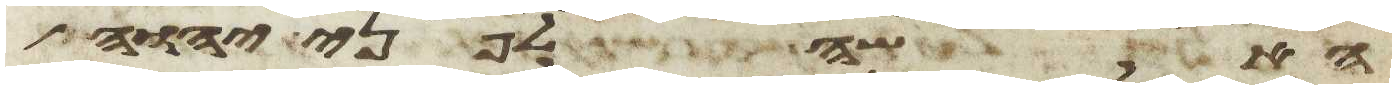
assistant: האשה לפני יהוה